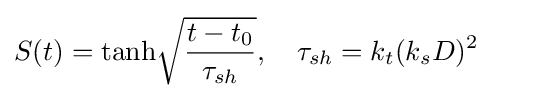
S(t)={\mbox{tanh}}{\sqrt {\frac {t-t_{0}}{\tau _{sh}}}},~~~\tau _{sh}=k_{t}(k_{s}D)^{2}~~~~~